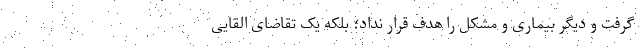
گرفت و دیگر بیماری و مشکل را هدف قرار نداد؛ بلکه یک تقاضای القایی